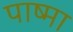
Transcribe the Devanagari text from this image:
पाष्मा